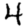
Digit: 4